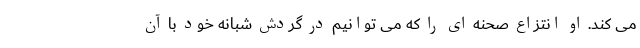
می کند. او انتزاع صحنه ای را که می توانیم در گردش شبانه خود با آن